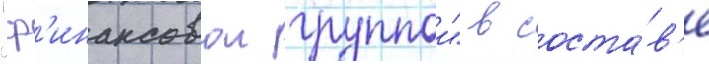
"ф'инансовои группои" в соста́в'е